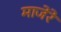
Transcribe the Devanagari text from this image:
माजेरे